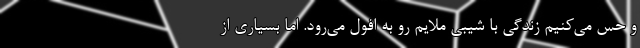
و حس می‌کنیم زندگی‌ با شیبی ملایم رو به افول می‌رود. اما بسیاری از